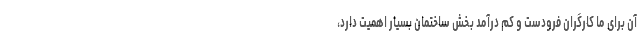
آن برای ما کارگران فرودست و کم درآمد بخش ساختمان بسیار اهمیت دارد،